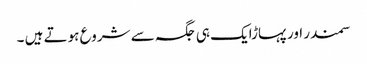
سمندر اور پہاڑایک ہی جگہ سے شروع ہوتے ہیں ۔